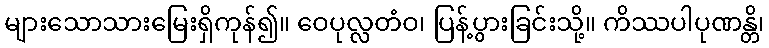
များသောသားမြေးရှိကုန်၍။ ဝေပုလ္လတံဝ၊ ပြန့်ပွားခြင်းသို့။ ကိဿပါပုဏန္တိ၊